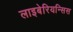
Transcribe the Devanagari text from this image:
लाइबेरियन्सिस